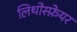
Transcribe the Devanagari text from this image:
लिथोस्फ़ेयर